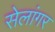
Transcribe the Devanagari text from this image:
सेलांगर